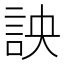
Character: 詇